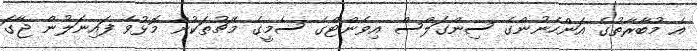
އެ މުބާރާތުގެ އަންހެނުންގެ ސިންގަލްސް އިވެންޓްގެ ސެމީގެ މެޗުތަކުން މޮޅުވެ ފައިނަލުން ޖާގަ